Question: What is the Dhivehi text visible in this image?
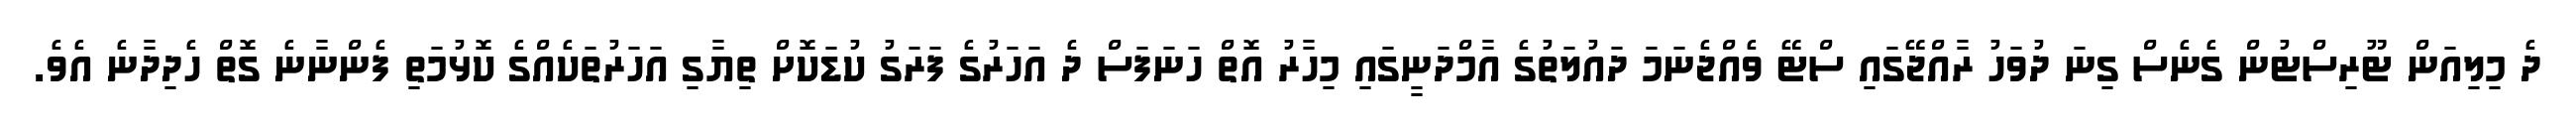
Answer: ދެ މިލިއަން ޓޫރިސްޓުން ގެނެސް ގިނަ ދުވަހު ރާއްޖޭގައި ސްޓޭ ވެއްޖެނަމަ ދައުލަތުގެ އާމްދަނީގައި މިހާރު އޮތް ހަނަފަސް ދެ އަހަރުގެ ފަރަގު ކުޑަކޮށް ތިޔާގި އަހަރުތަކެއްގެ ކޮޅުމަތި ފެންނާނެ ގޮތް ހެދިދާނެ އެވެ.